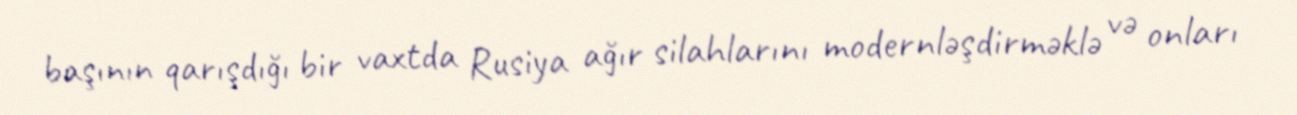
başının qarışdığı bir vaxtda Rusiya ağır silahlarını modernləşdirməklə və onları